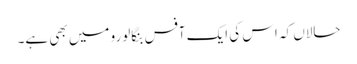
حالاں کہ اس کی ایک آفس بنگالورو میں بھی ہے۔